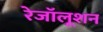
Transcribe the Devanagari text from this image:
रेजॉलूशन